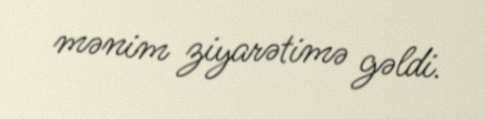
mənim ziyarətimə gəldi.